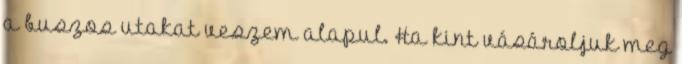
a buszos utakat veszem alapul. Ha kint vásároljuk meg